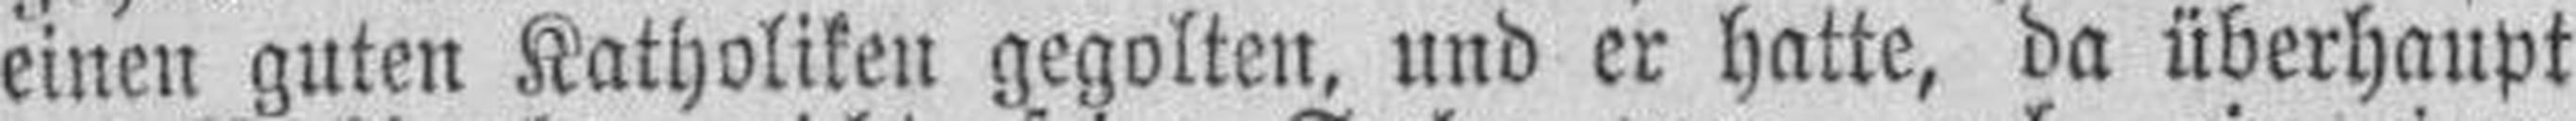
einen guten Katholiken gegolten, und er hatte, da überhaupt